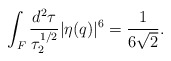
\begin{align*}\int _{F} \frac{d^{2} \tau}{\tau _{2}^{1/2}} |\eta (q)|^{6} = \frac{1}{6\sqrt{2}} .\end{align*}